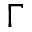
\Gamma